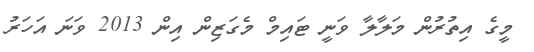
މީގެ އިތުރުން މަލާލާ ވަނީ ޓައިމް މެގަޒިން އިން 2013 ވަނަ އަހަރު